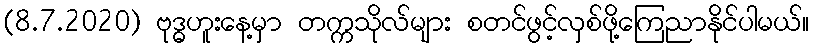
(8.7.2020) ဗုဒ္ဓဟူးနေ့မှာ တက္ကသိုလ်များ စတင်ဖွင့်လှစ်ဖို့ကြေညာနိုင်ပါမယ်။